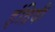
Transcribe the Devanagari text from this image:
इंद्रिदी